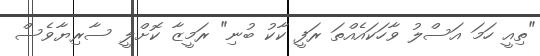
"ތިއީ ހަމަ އަސްލު ވާހަކައެއްތަ ރަފީ ކާކު ބުނި" ރަމީޒާ ކޮށްލީ ސާރިޔާވެސް